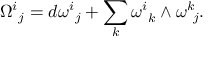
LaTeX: \Omega _ { \ j } ^ { i } = d \omega _ { \ j } ^ { i } + \sum _ { k } \omega _ { \ k } ^ { i } \wedge \omega _ { \ j } ^ { k } .